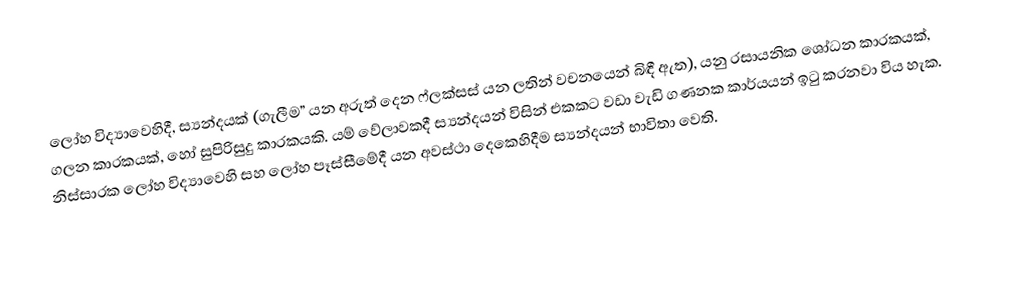
ලෝහ විද්‍යාවෙහිදී, ස්‍යන්දයක් (ගැලීම” යන අරුත් දෙන  ෆ්ලක්සස් යන ලතින්  වචනයෙන් බිඳී ඇත), යනු රසායනික ශෝධන කාරකයක්, ගලන කාරකයක්, හෝ සුපිරිසුදු කාරකයකි. යම් වේලාවකදී ස්‍යන්දයන් විසින් එකකට වඩා වැඩි ගණනක කාර්යයන් ඉටු කරනවා විය හැක. නිස්සාරක ලෝහ විද්‍යාවෙහි සහ ලෝහ පෑස්සීමේදී යන අවස්ථා දෙකෙහිදීම ස්‍යන්දයන් භාවිතා වෙති.